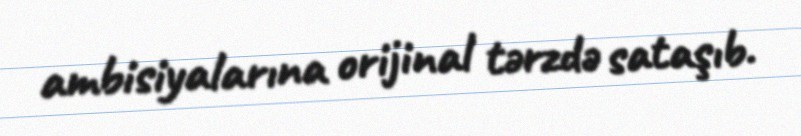
ambisiyalarına orijinal tərzdə sataşıb.